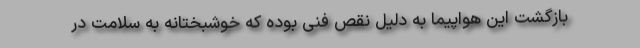
بازگشت این هواپیما به دلیل نقص فنی بوده که خوشبختانه به سلامت در